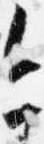
今